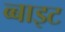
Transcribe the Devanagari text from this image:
व्बाइट